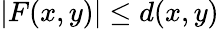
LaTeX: |F(x,y)|\leq d(x,y)